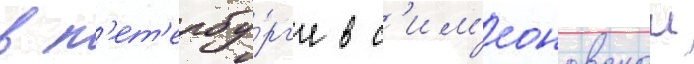
в п'ет'ербу́рг'е в с'им'еоновскои